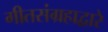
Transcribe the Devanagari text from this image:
गीतसंग्रहाद्वारे